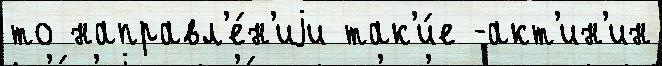
то направл'е́н'иjи так'и́е -акт'ин'ин